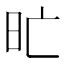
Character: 𣅇